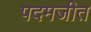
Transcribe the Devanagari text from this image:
पदमजीत